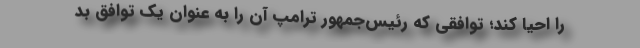
را احیا کند؛ توافقی که رئیس‌جمهور ترامپ آن را به عنوان یک توافق بد